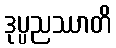
ဒုပ္ပညဿာတိ